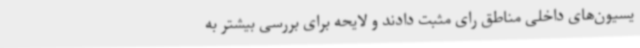
یسیون‌های داخلی مناطق رای مثبت دادند و لایحه برای بررسی بیشتر به